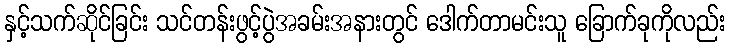
နှင့်သက်ဆိုင်ခြင်း သင်တန်းဖွင့်ပွဲအခမ်းအနားတွင် ဒေါက်တာမင်းသူ ခြောက်ခုကိုလည်း